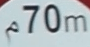
70m